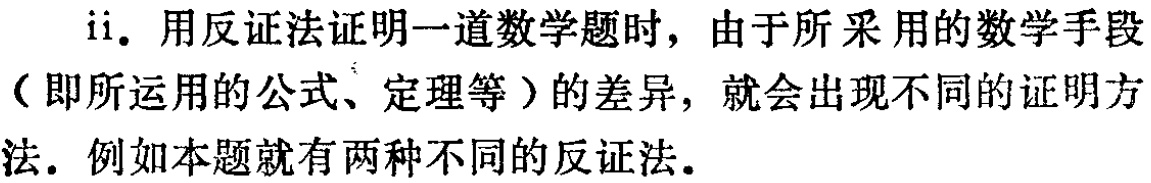
ii. 用反证法证明一道数学题时，由于所采用的数学手段（即所运用的公式、定理等）的差异，就会出现不同的证明方法. 例如本题就有两种不同的反证法.